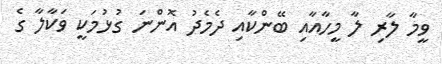
ވީމާ ލާރި ލާ މީހާއާއި ބޭންކާއި ދެމެދު އޮންނަ ގުޅުމަކީ ވަކާލާ ގެ